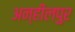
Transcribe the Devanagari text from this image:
अन्हीलपुर